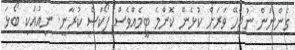
ގެންނަން ނުޖެހޭ ވަރަށް ކުޅެން ކޮންމެ ޓީމެއްވެސް ފޯކަސް ކުރާނީ. ނިއުއަކީ ބޯޅަ